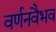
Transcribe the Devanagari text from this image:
वर्णनवैभव